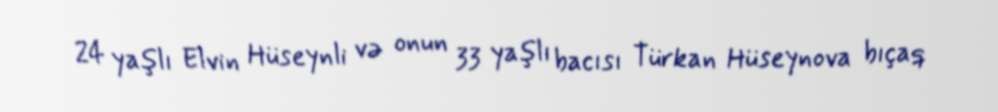
24 yaşlı Elvin Hüseynli və onun 33 yaşlı bacısı Türkan Hüseynova bıçaq